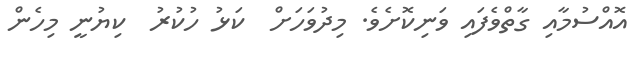
އޮއްސުމާއި ގާތްވެފައި ވަނިކޮށެވެ. މިދުވަހަށް  ކަޅު ހުކުރު  ކިޔުނީ މިހެން